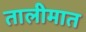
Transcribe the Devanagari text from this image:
तालीमात